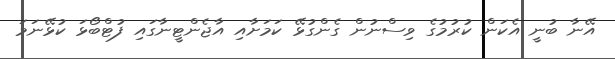
އޭނާ ބުނީ އެކަން ކުރުމުގެ ވިސްނުން ގެންގުޅޭ ކަމަށާއި އާޖެންޓީނާގައި ފުޓްބޯޅަ ކުޅޭނަމަ